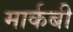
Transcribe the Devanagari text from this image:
मार्कबी